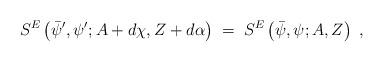
LaTeX: \begin{align*}S^E\left( \bar{\psi}', \psi'; A+d\chi, Z+d \alpha\right) \;=\; S^E\left( \bar{\psi}, \psi; A,Z\right)~,\end{align*}